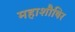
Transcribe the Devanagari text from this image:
महाशौषिर